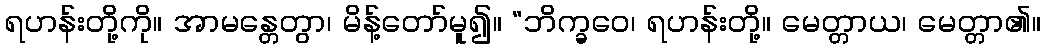
ရဟန်းတို့ကို။ အာမန္တေတွာ၊ မိန့်တော်မူ၍။ “ဘိက္ခဝေ၊ ရဟန်းတို့။ မေတ္တာယ၊ မေတ္တာ၏။